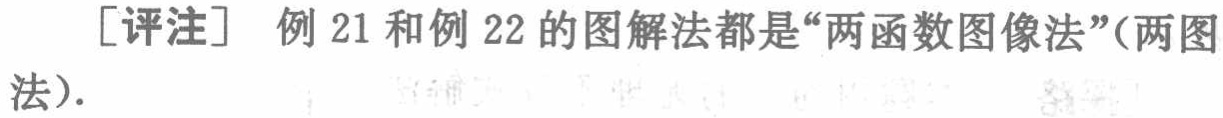
[评注] 例 21 和例 22 的图解法都是“两函数图像法”(两图法).